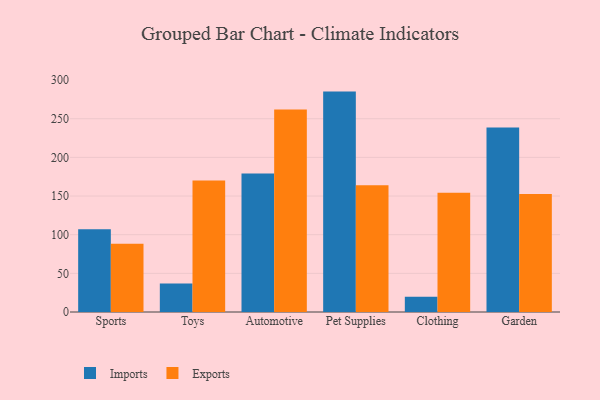
{"axis": {"x": "Category", "y": "Energy Usage (MWh)"}, "legend": ["Exports", "Imports"], "data": [{"x": "Sports", "y": 107.2, "type": "Imports"}, {"x": "Sports", "y": 88.3, "type": "Exports"}, {"x": "Toys", "y": 36.9, "type": "Imports"}, {"x": "Toys", "y": 170.1, "type": "Exports"}, {"x": "Automotive", "y": 179.2, "type": "Imports"}, {"x": "Automotive", "y": 262.0, "type": "Exports"}, {"x": "Pet Supplies", "y": 285.1, "type": "Imports"}, {"x": "Pet Supplies", "y": 163.8, "type": "Exports"}, {"x": "Clothing", "y": 19.6, "type": "Imports"}, {"x": "Clothing", "y": 154.3, "type": "Exports"}, {"x": "Garden", "y": 238.7, "type": "Imports"}, {"x": "Garden", "y": 152.6, "type": "Exports"}]}